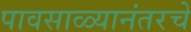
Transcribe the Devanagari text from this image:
पावसाळ्यानंतरचे